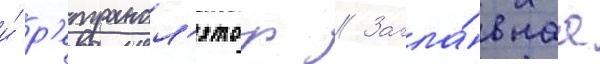
и́ р'етрансл'ятор // Загла́внаа